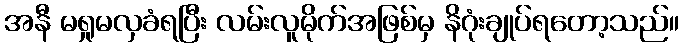
အနီ မရှုမလှခံရပြီး လမ်းလူမိုက်အဖြစ်မှ နိဂုံးချုပ်ရတော့သည်။